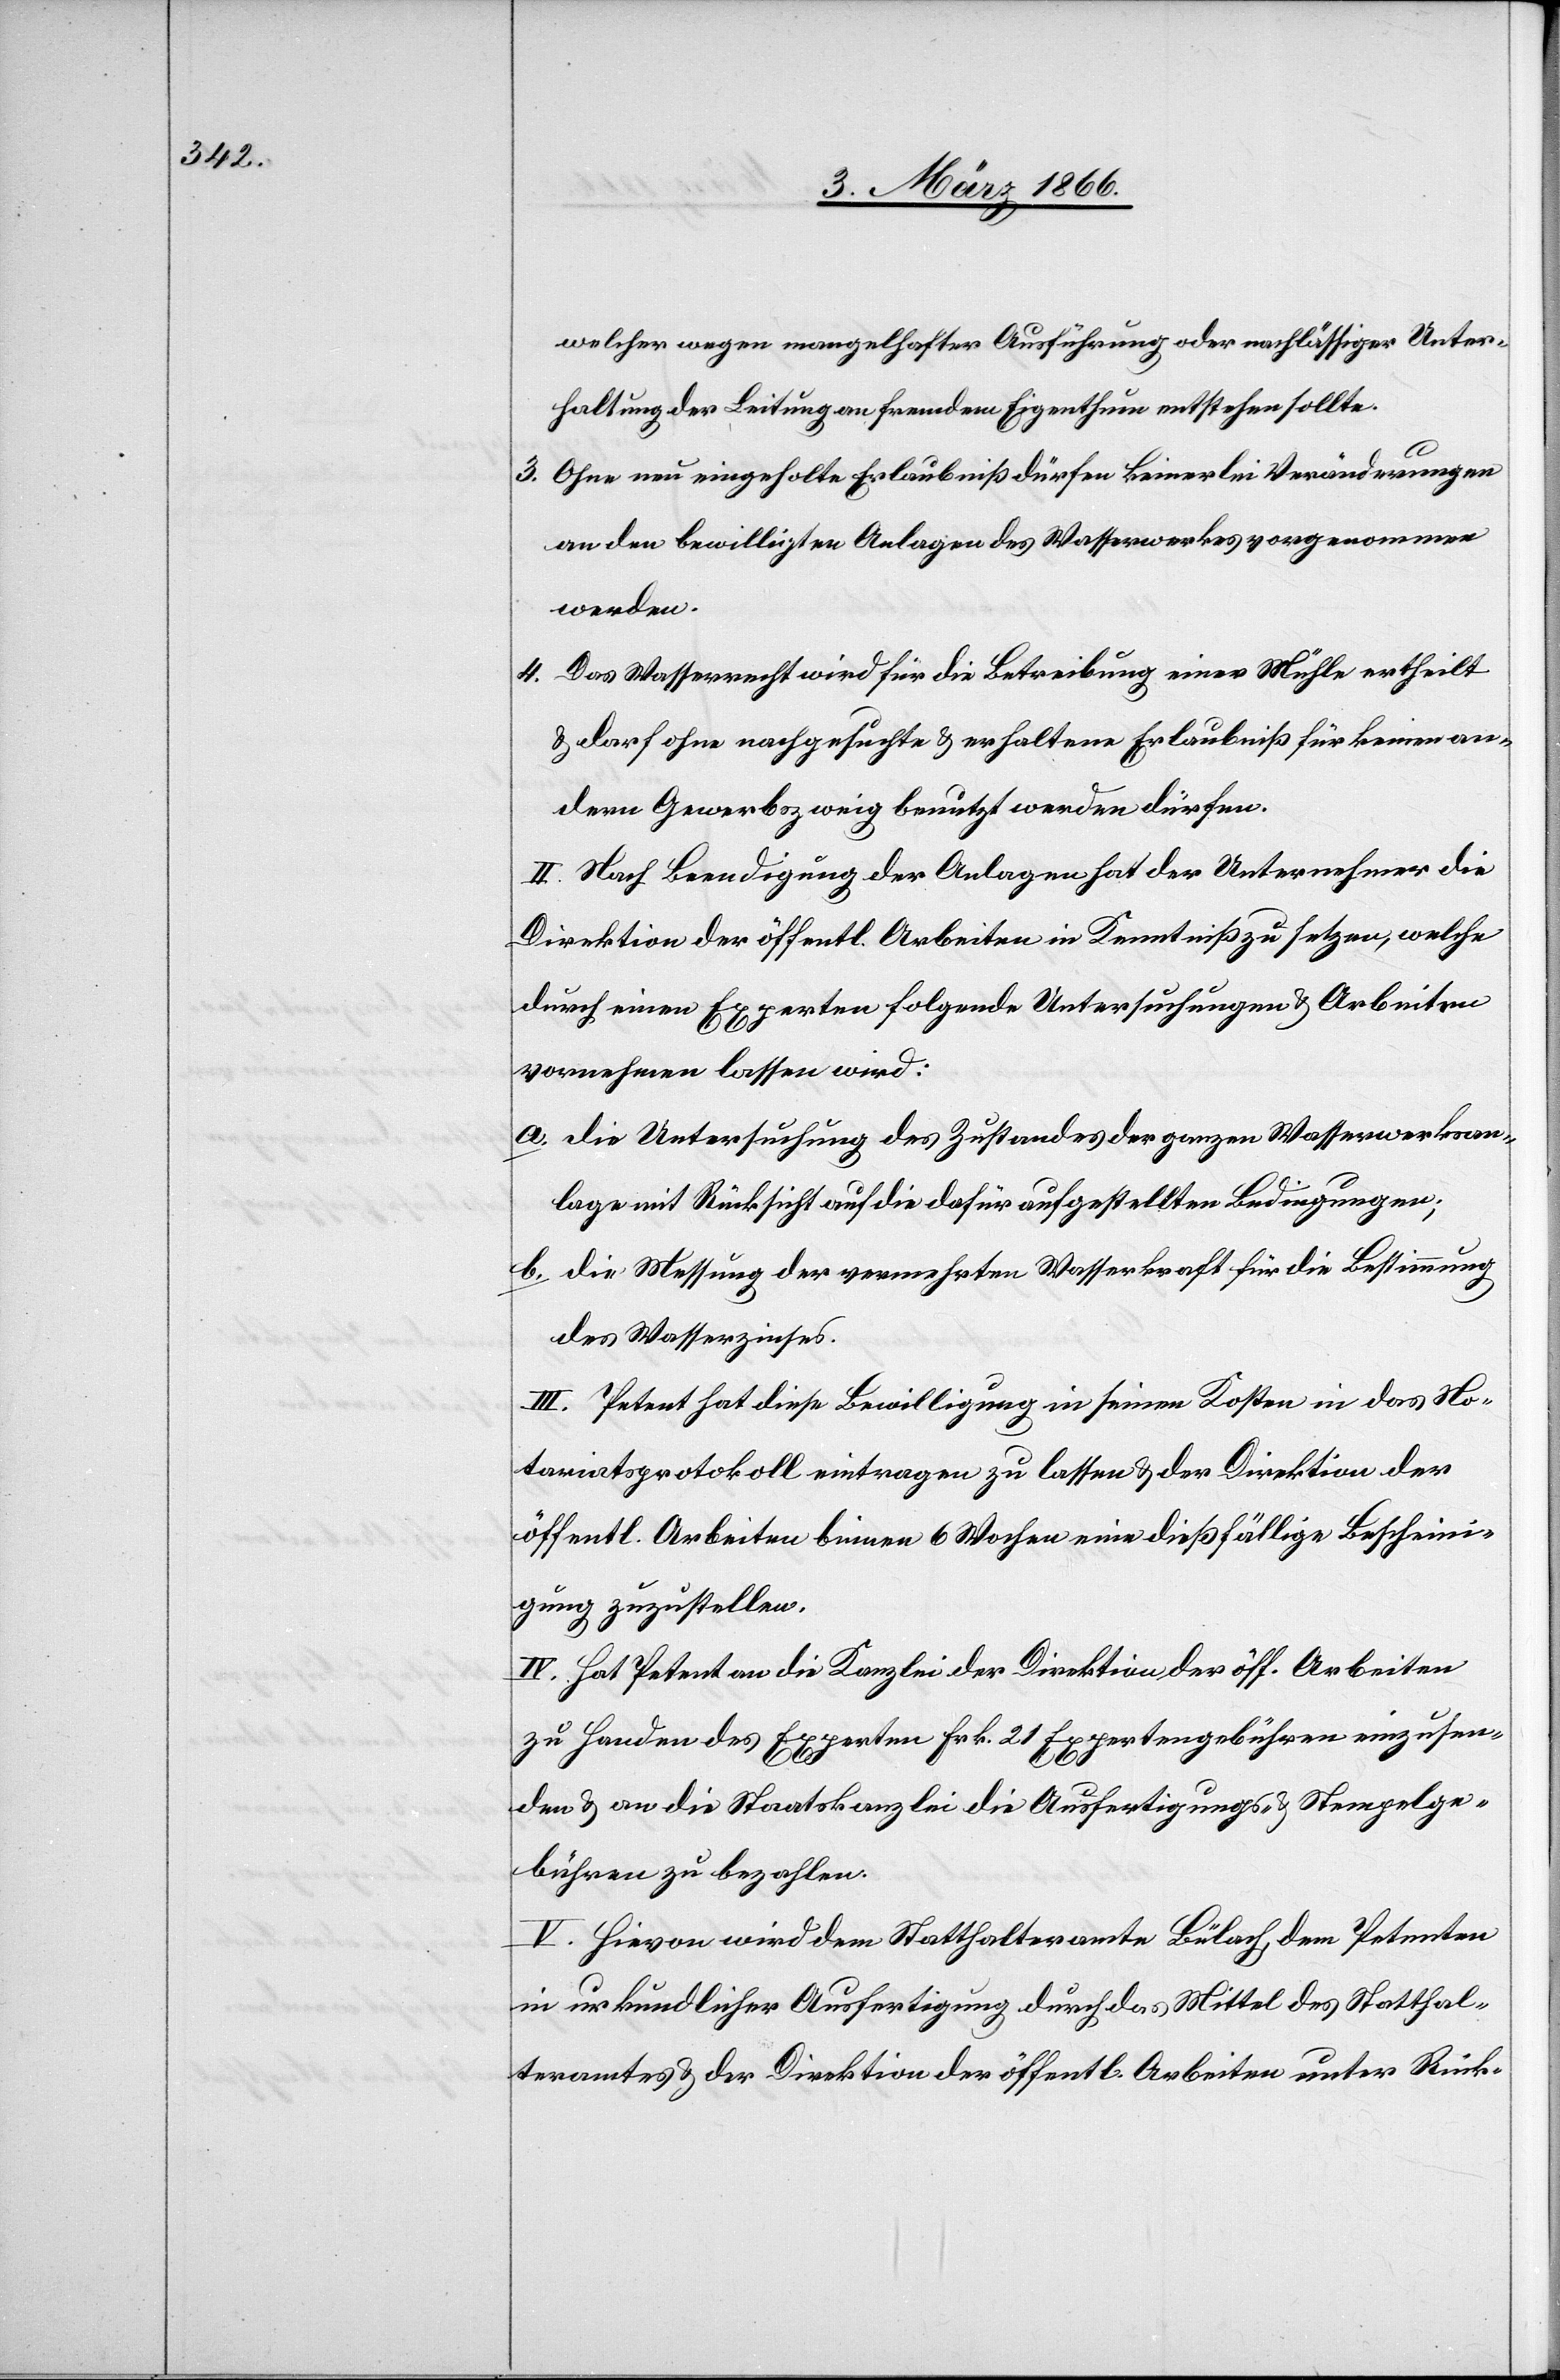
welcher wegen mangelhafter Ausführung oder nachlässiger Unter¬
haltung der Leitung an fremdem Eigenthum entstehen sollte.
3. Ohne neu eingeholte Erlaubniß dürfen keinerlei Veränderungen
an den bewilligten Anlagen des Wasserwerkes vorgenommen
werden.
4. Das Wasserrecht wird für die Betreibung einer Mühle ertheilt
u. darf ohne nachgesuchte u. erhaltene Erlaubniß für keinen an¬
dern Gewerbszweig benutzt werden dürfen
II. Nach Beendigung der Anlagen hat der Unternehmer die
Direktion der öffentl. Arbeiten in Kenntniß zu setzen, welche
durch einen Experten folgend Untersuchungen u. Arbeiten
vornehmen lassen wird:
a. die Untersuchung des Zustandes der ganzen Wasserwerksan¬
lage mit Rücksicht auf die dafür aufgestellten Bedingungen;
b. die Messung der vermehrten Wasserkraft für die Bestimmung
des Wasserzinses.
III. Petent hat diese Bewilligung in seinen Kosten in das No¬
tariatsprotokoll eintragen zu lassen u. der Direktion der
öffentl. Arbeiten binnen 6 Wochen eine dießfällige Bescheini¬
gung zuzustellen.
IV. hat Petent an die Kanzlei der Direktion der öff. Arbeiten
zu Handen des Experten Frk. 21 Expertengebühren einzusen¬
den u. an die Staatskanzlei die Ausfertigungs- u. Stempelge¬
bühren zu bezahlen.
V. Hievon wird dem Statthalteramte Bülach, dem Petenten
in urkundlicher Ausfertigung durch das Mittel des Statthal¬
teramtes u. der Direktion der öffentl. Arbeiten unter Rück-